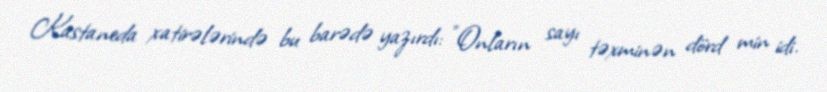
Kastaneda xatirələrində bu barədə yazırdı: "Onların sayı təxminən dörd min idi.